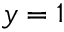
y = 1